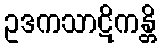
ဥဒကသာဋိကန္တိ